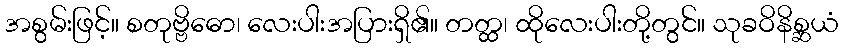
အစွမ်းဖြင့်။ စတုဗ္ဗိဓော၊ လေးပါးအပြားရှိ၏။ တတ္ထ၊ ထိုလေးပါးတို့တွင်။ သုခဝိနိစ္ဆယံ